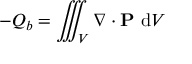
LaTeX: - Q _ { b } = \iiint _ { V } \nabla \cdot \mathbf { P } \ \mathrm { d } V